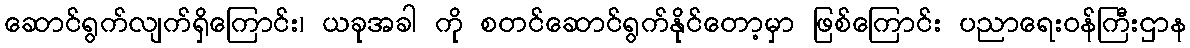
ဆောင်ရွက်လျက်ရှိကြောင်း၊ ယခုအခါ ကို စတင်ဆောင်ရွက်နိုင်တော့မှာ ဖြစ်ကြောင်း ပညာရေးဝန်ကြီးဌာန